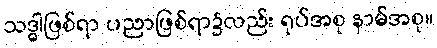
သဒ္ဓါဖြစ်ရာ ပညာဖြစ်ရာ၌လည်း ရုပ်အစု နာမ်အစု။